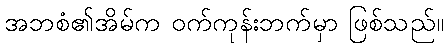
အဘစံ၏အိမ်က ဝက်ကုန်းဘက်မှာ ဖြစ်သည်။